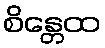
စိန္တေထ